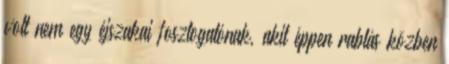
volt nem egy éjszakai fosztogatónak, akit éppen rablás közben